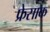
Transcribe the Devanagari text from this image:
फ्रेसाक